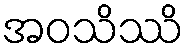
အဝသိဿိ